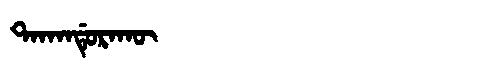
Manchu: ᡨᠠᡴᠠᠨᡩᡠᡵᠠᡴᡡ
Romanization: TAKANDURAKŪ